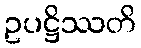
ဥပဋ္ဌိဿတိ